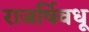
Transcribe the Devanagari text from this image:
राजर्षिवधू